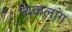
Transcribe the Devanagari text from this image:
बिकलांग